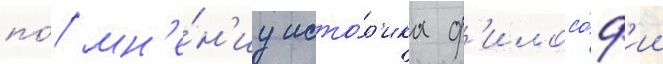
по́ мн'е́н'иу исто́р'ика ф'илосо́ф'ии